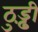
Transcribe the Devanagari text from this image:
ठुड्ढ़ी